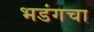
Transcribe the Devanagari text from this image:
भडंगचा